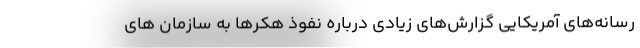
رسانه‌های آمریکایی گزارش‌های زیادی درباره نفوذ هکرها به سازمان های